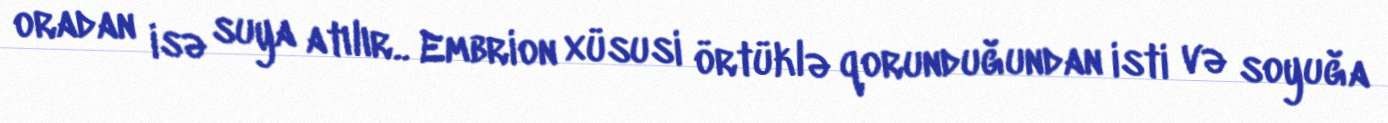
oradan isə suya atılır.. Embrion xüsusi örtüklə qorunduğundan isti və soyuğa